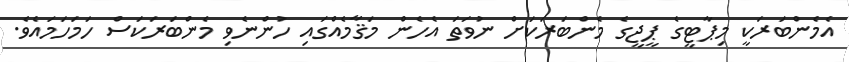
އެމެންބަރަކީ މިޕާޓީގެ ޕީޖީގެ މެންބަރަކަށް ނުވަތަ އެހެން މަޤާމެއްގައި ހުންނެވި މެންބަރަކަސް ހަމަހަމައެވެ.